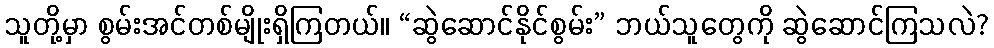
သူတို့မှာ စွမ်းအင်တစ်မျိုးရှိကြတယ်။ “ဆွဲဆောင်နိုင်စွမ်း” ဘယ်သူတွေကို ဆွဲဆောင်ကြသလဲ?